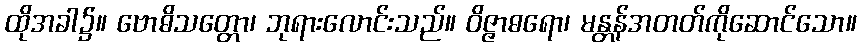
ထိုအခါ၌။ ဗောဓိသတ္တော၊ ဘုရားလောင်းသည်။ ဝိဇ္ဇာဓရော၊ မန္တန်အတတ်ကိုဆောင်သော။